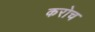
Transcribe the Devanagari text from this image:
करोच